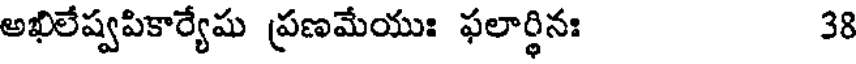
అఖిలేష్వపికార్యేషు ప్రణమేయుః ఫలార్థినః 38